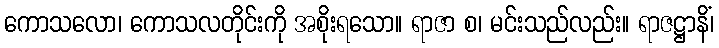
ကောသလော၊ ကောသလတိုင်းကို အစိုးရသော။ ရာဇာ စ၊ မင်းသည်လည်း။ ရာဇဋ္ဌာနိံ၊